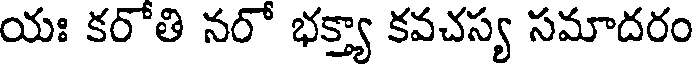
యః కరోతి నరో భక్త్యా కవచస్య సమాదరం